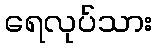
ရေလုပ်သား